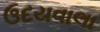
ઉદયવાલા